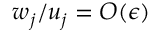
w _ { j } / u _ { j } = O ( \epsilon )